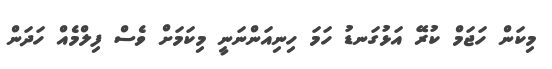
މިކަން ހަޖަމް ކުރޭ އަޅުގަނޑު ހަމަ ހިނިއަންނަނީ މިކަމަށް ވެސް ފިލްމެއް ހަދަން